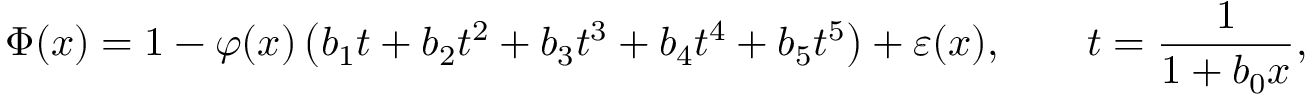
\Phi ( x ) = 1 - \varphi ( x ) \left( b _ { 1 } t + b _ { 2 } t ^ { 2 } + b _ { 3 } t ^ { 3 } + b _ { 4 } t ^ { 4 } + b _ { 5 } t ^ { 5 } \right) + \varepsilon ( x ) , \qquad t = { \frac { 1 } { 1 + b _ { 0 } x } } ,